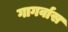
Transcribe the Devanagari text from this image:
गागर्वास